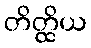
တိတ္ထိယ